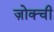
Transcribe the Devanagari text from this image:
ज़ोक्ची